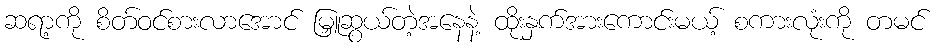
ဆရာ့ကို စိတ်ဝင်စားလာအောင် မြှူဆွယ်တဲ့အနေနဲ့ ထိုးနှက်အားကောင်းမယ့် စကားလုံးကို တမင်